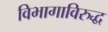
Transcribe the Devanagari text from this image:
विभागाविरुद्ध